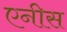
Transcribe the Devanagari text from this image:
एनीस